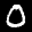
Label: 0